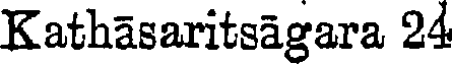
Kathasaritsagara 24